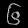
Digit: ၆